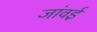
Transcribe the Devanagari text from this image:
जांवई